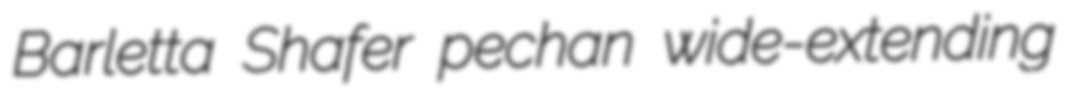
Barletta Shafer pechan wide-extending